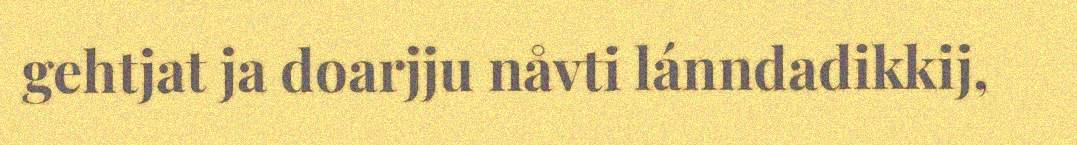
gehtjat ja doarjju nåvti lánndadikkij,